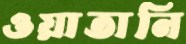
ওয়াতানি